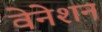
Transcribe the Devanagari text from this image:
वेनेशन